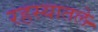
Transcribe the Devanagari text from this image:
रहस्यातले